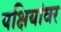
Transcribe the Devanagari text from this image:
पक्षियांवर